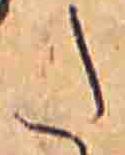
た